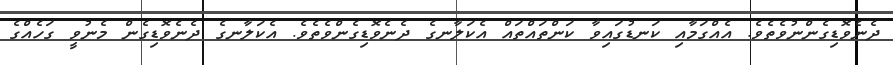
ދެނެވޮޑިގެންނުވެތެވެ. އެއްގަމާއި ކަނޑުގައިވާ ކަންތައްތައް އެކަލާނގެ ދެނެވޮޑިގެންވެތެވެ. އެކަލާނގެ ދެނެވޮޑިގެން މެނުވީ ގަހެއްގެ